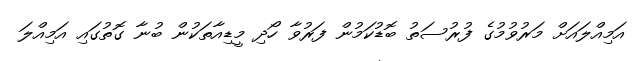
އަމިއްލައަށް މަރުވުމުގެ ފުރުސަތު ބޮޑުކަމުން ފަރުވާ ހޯދި މީޑިއާތަކުން ބުނާ ގޮތުގައި އަމިއްލަ